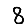
Digit: 8